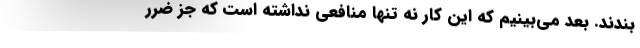
‌بندند. بعد می‌بینیم که این کار نه تنها منافعی نداشته است که جز ضرر